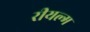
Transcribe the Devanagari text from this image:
रीयल्म